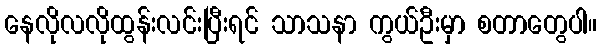
နေလိုလလိုထွန်းလင်းပြီးရင် သာသနာ ကွယ်ဦးမှာ စတာတွေပါ။